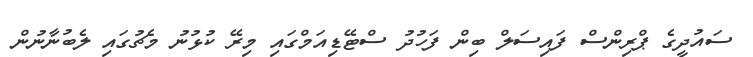
ސައުދީގެ ޕްރިންސް ފައިސަލް ބިން ފަހުދު ސްޓޭޑިއަމްގައި މިރޭ ކުޅުނު މެޗުގައި ލެބުނާނުން